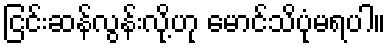
ငြင်းဆန်လွန်းလို့ဟု မောင်သိပုံမရပါ။